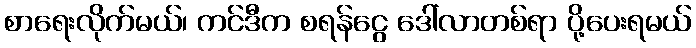
စာရေးလိုက်မယ်၊ ကင်ဒီက စရန်ငွေ ဒေါ်လာတစ်ရာ ပို့ပေးရမယ်